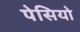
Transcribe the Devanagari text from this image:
पेसियो